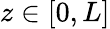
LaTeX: z\in[0,L]